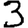
Digit: 3